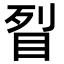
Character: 𥅮